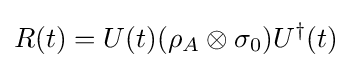
R(t)=U(t)(\rho _{A}\otimes \sigma _{0})U^{\dagger }(t)